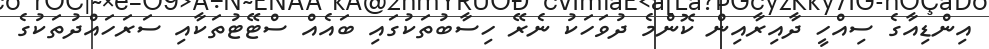
އިންޑިއާގެ ސިއްހީ ދާއިރާއިން ކޮންމެ ދުވަހަކު ނެރޭ ހިސާބުތަކުގައި ބައެއް ސްޓޭޓުތަކާއި ސަރަހައްދުތަކުގެ